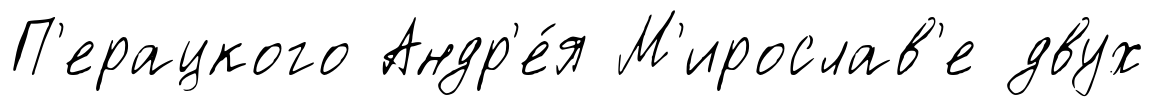
П'ерацкого Андр'е́я М'ирослав'е двух